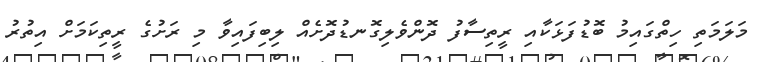
މަލަމަތި ހިތްގައިމު ބޮޑުފަޅަކާއި ރީތިސާފު ދޮންވެލިގޮނޑުދޮށެއް ލިބިފައިވާ މި ރަށުގެ ރީތިކަމަށް އިތުރު